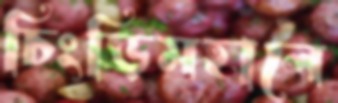
চিংড়িমহালে